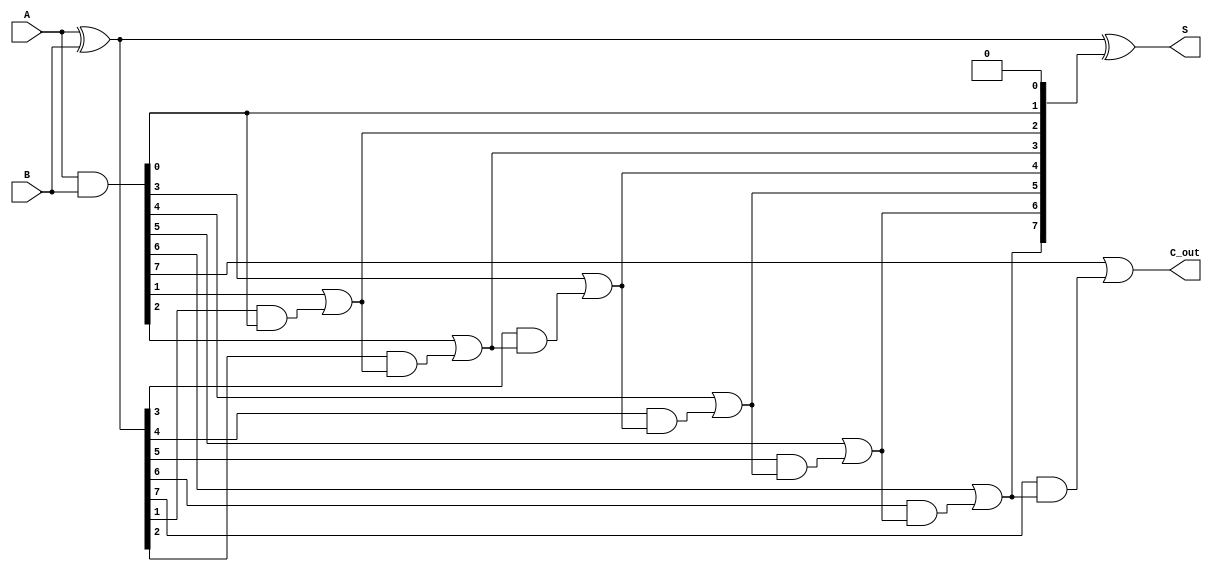
module KoggeStoneAdder #(parameter N = 8) (
    input  [N-1:0] A,  // First operand
    input  [N-1:0] B,  // Second operand
    output [N-1:0] S,  // Sum output
    output          C_out // Carry out
);

    // Generate and Propagate signals
    wire [N-1:0] G; // Generate signals
    wire [N-1:0] P; // Propagate signals
    wire [N:0] C;   // Carry signals

    // Generate and Propagate computation
    assign G = A & B;          // G[i] = A[i] & B[i]
    assign P = A ^ B;          // P[i] = A[i] ^ B[i]

    // Carry signals initialization
    assign C[0] = 1'b0; // C0 = 0

    // Prefix computation for carry signals
    genvar i, j;
    generate
        for (i = 0; i < N; i = i + 1) begin : carry_gen
            if (i == 0) begin
                assign C[i + 1] = G[i] | (P[i] & C[i]); // C1 = G0 | (P0 & C0)
            end else begin
                assign C[i + 1] = G[i] | (P[i] & C[i]); // C[i+1] = G[i] | (P[i] & C[i])
            end
        end
    endgenerate

    // Sum computation
    assign S = P ^ C[N-1:0]; // S[i] = P[i] ^ C[i]

    // Carry out
    assign C_out = C[N]; // Carry out is the last carry signal

endmodule